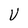
Character: U